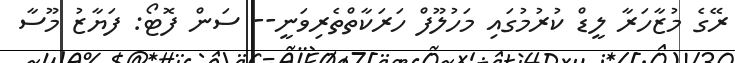
ރޭގެ މުޒާހަރާ ލީޑް ކުރުމުގައި މަހުލޫފް ހަރަކާތްތެރިވަނީ-- ސަން ފޮޓޯ: ފަޔާޒު މޫސާ